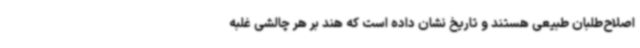
اصلاح‌طلبان طبیعی هستند و تاریخ نشان داده است که هند بر هر چالشی غلبه